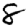
Digit: 8